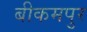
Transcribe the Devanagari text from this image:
बीकमपुर